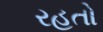
રહતો